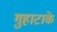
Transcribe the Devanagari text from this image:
गुहाटाके